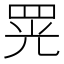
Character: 𦊫